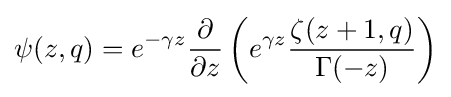
\psi (z,q)=e^{-\gamma z}{\frac {\partial }{\partial z}}\left(e^{\gamma z}{\frac {\zeta (z+1,q)}{\Gamma (-z)}}\right)